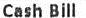
CASH BILL